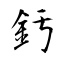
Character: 釫